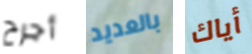
أجرح بالعديد أياك